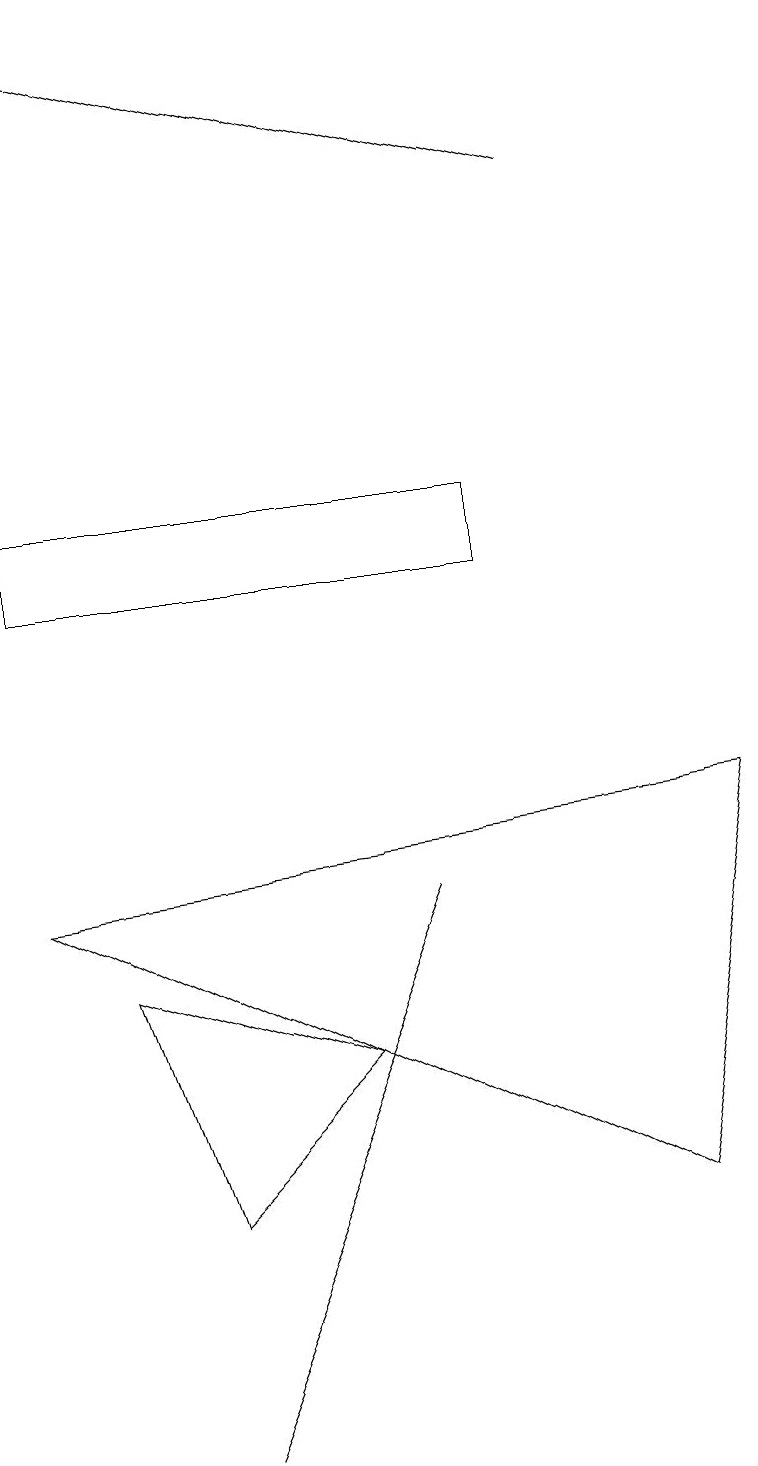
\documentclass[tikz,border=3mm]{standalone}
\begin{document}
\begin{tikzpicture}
\draw (6,12) rectangle (0,13);
\draw (8,4) -- (0,8) -- (9,9) -- cycle;
\draw (4,6) -- (2,4) -- (1,7) -- cycle;
\draw (5,8) -- (2,1) -- (2,1) -- cycle;
\draw[->] (7,17) -- (0,19);
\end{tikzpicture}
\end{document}